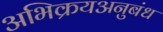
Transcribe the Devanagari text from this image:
अभिक्रयअनुबंध